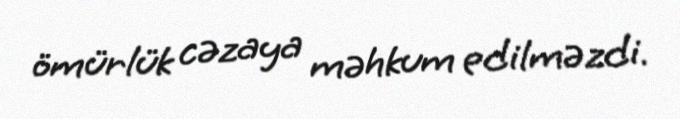
ömürlük cəzaya məhkum edilməzdi.